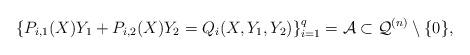
LaTeX: \begin{align*}\{P_{i,1}(X)Y_{1}+P_{i,2}(X)Y_{2}=Q_{i}(X,Y_{1},Y_{2})\}_{i=1}^{q}=\mathcal{A}\subset\mathcal{Q}^{(n)}\setminus\{0\},\end{align*}